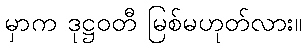
မှာက ဒုဋ္ဌဝတီ မြစ်မဟုတ်လား။